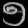
Digit: ၅